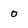
Character: 0